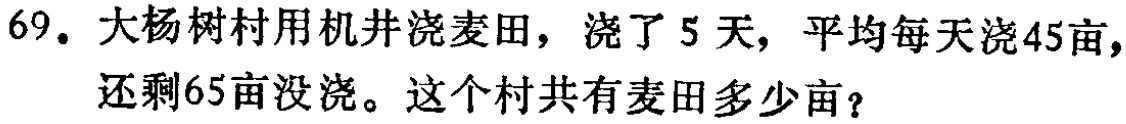
69. 大杨树村用机井浇麦田，浇了5天，平均每天浇45亩，还剩65亩没浇。这个村共有麦田多少亩？